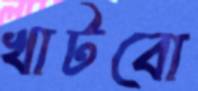
খাটবো